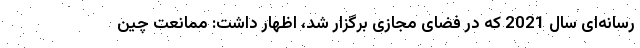
رسانه‌ای سال 2021 که در فضای مجازی برگزار شد، اظهار داشت: ممانعت چین